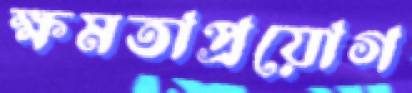
ক্ষমতাপ্রয়োগ